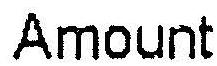
AMOUNT